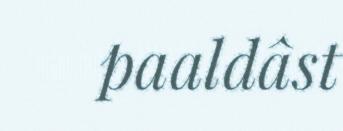
paaldâst